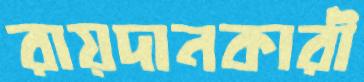
রায়দানকারী